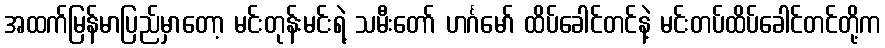
အထက်မြန်မာပြည်မှာတော့ မင်းတုန်းမင်းရဲ့ သမီးတော် ဟင်္ဂမော် ထိပ်ခေါင်တင်နဲ့ မင်းတပ်ထိပ်ခေါင်တင်တို့က